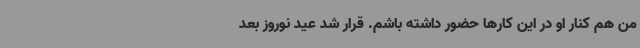
من هم کنار او در این کارها حضور داشته باشم. قرار شد عید نوروز بعد